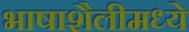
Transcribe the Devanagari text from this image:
भाषाशैलीमध्ये